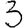
Digit: 3